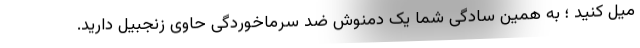
میل کنید ؛ به همین سادگی شما یک دمنوش ضد سرماخوردگی حاوی زنجبیل دارید.